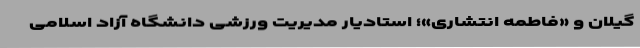
گیلان و «فاطمه انتشاری»؛ استادیار مدیریت ورزشی دانشگاه آزاد اسلامی